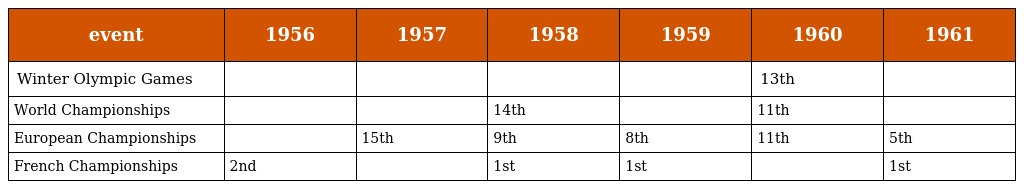
| event | 1956 | 1957 | 1958 | 1959 | 1960 | 1961 |
 | --- | --- | --- | --- | --- | --- | --- |
 | Winter Olympic Games |  |  |  |  | 13th |  |
 | World Championships |  |  | 14th |  | 11th |  |
 | European Championships |  | 15th | 9th | 8th | 11th | 5th |
 | French Championships | 2nd |  | 1st | 1st |  | 1st |